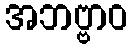
အဘဗ္ဗာဝ